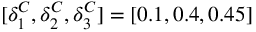
[ \delta _ { 1 } ^ { C } , \delta _ { 2 } ^ { C } , \delta _ { 3 } ^ { C } ] = [ 0 . 1 , 0 . 4 , 0 . 4 5 ]